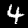
Label: 4